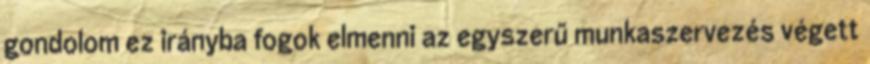
gondolom ez irányba fogok elmenni az egyszerű munkaszervezés végett